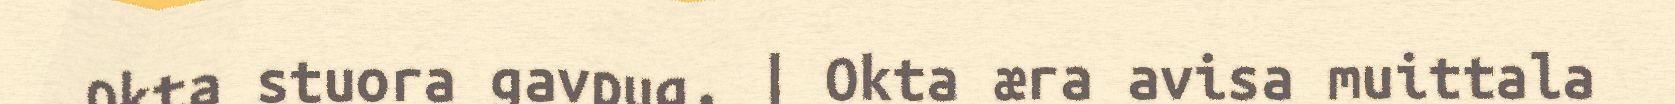
okta stuora gavpug, | Okta æra avisa muittala